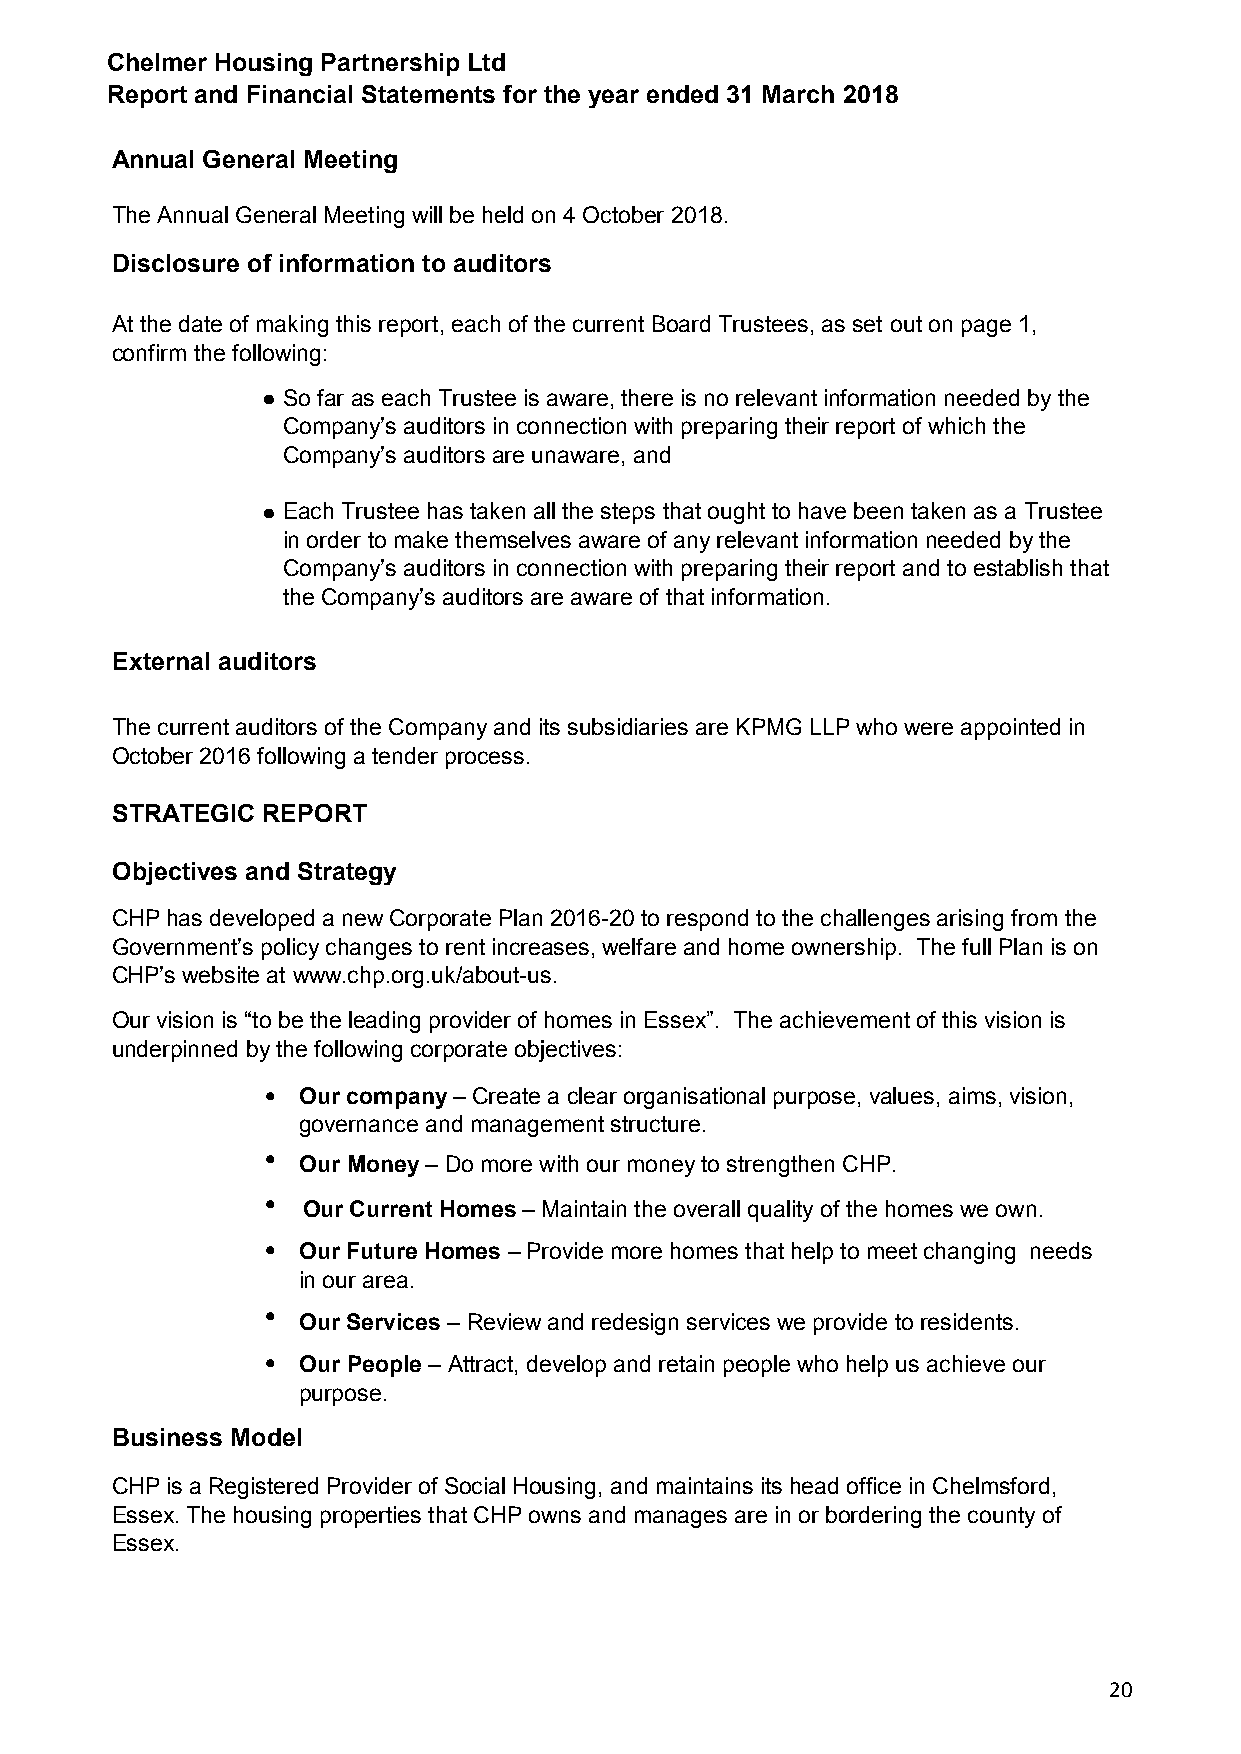
Chelmer Housing Partnership Ltd
 Report and Financial Statements for the year ended 31 March 2018
 Annual General Meeting
 The Annual General Meeting will be held on 4 October 2018.
 Disclosure of information to auditors
 At the date of making this report, each of the current Board Trustees, as set out on page 1,
 confirm the following:
 ● So far as each Trustee is aware, there is no relevant information needed by the
 Company’s auditors in connection with preparing their report of which the
 Company’s auditors are unaware, and
 ● Each Trustee has taken all the steps that ought to have been taken as a Trustee
 in order to make themselves aware of any relevant information needed by the
 Company’s auditors in connection with preparing their report and to establish that
 the Company’s auditors are aware of that information.
 External auditors
 The current auditors of the Company and its subsidiaries are KPMG LLP who were appointed in
 October 2016 following a tender process.
 STRATEGIC REPORT
 Objectives and Strategy
 CHP has developed a new Corporate Plan 2016-20 to respond to the challenges arising from the
 Government’s policy changes to rent increases, welfare and home ownership. The full Plan is on
 CHP’s website at www.chp.org.uk/about-us.
 Our vision is “to be the leading provider of homes in Essex”. The achievement of this vision is
 underpinned by the following corporate objectives:
 • Our company – Create a clear organisational purpose, values, aims, vision,
 governance and management structure.
 • Our Money – Do more with our money to strengthen CHP.
 • Our Current Homes – Maintain the overall quality of the homes we own.
 • Our Future Homes – Provide more homes that help to meet changing needs
 in our area.
 •
 Our Services – Review and redesign services we provide to residents.
 • Our People – Attract, develop and retain people who help us achieve our
 purpose.
 Business Model
 CHP is a Registered Provider of Social Housing, and maintains its head office in Chelmsford,
 Essex. The housing properties that CHP owns and manages are in or bordering the county of
 Essex.
 20